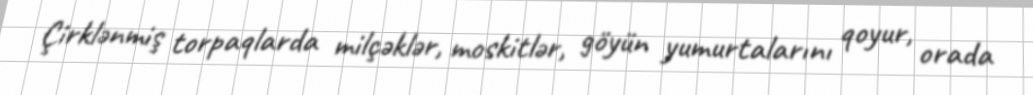
Çirklənmiş torpaqlarda milçəklər, moskitlər, göyün yumurtalarını qoyur, orada